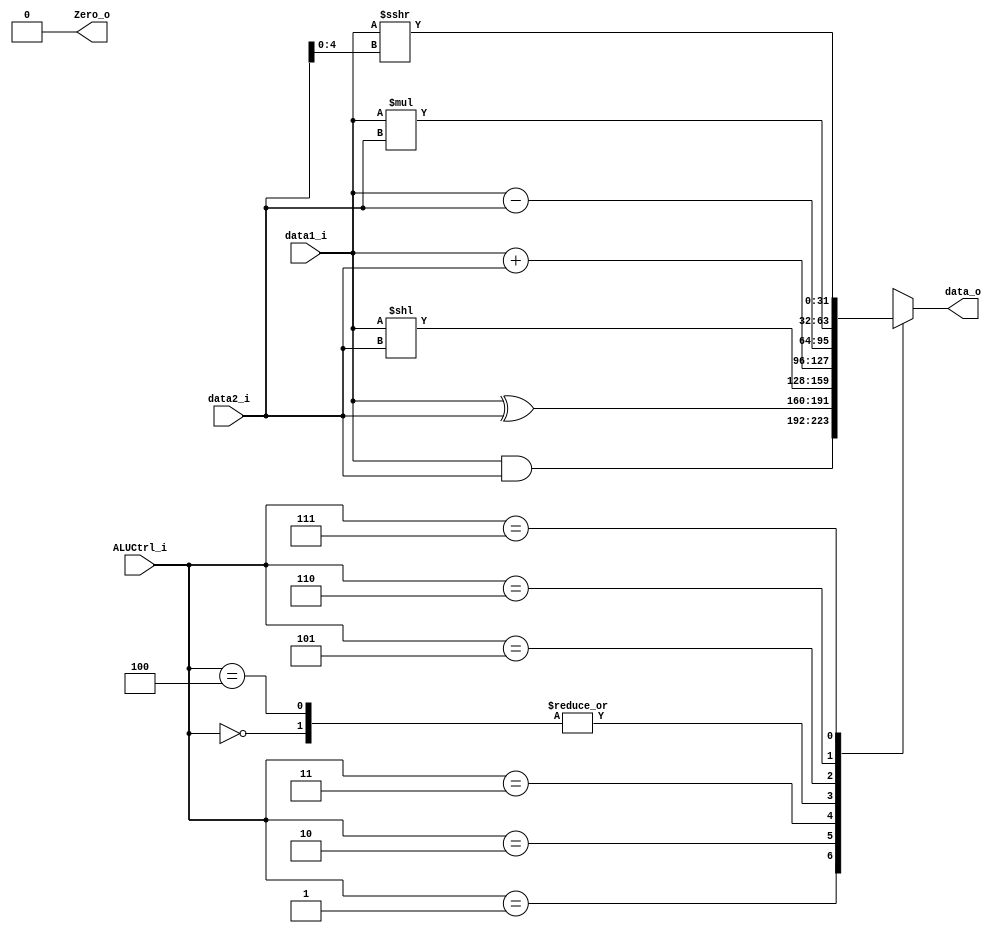
module ALU(
	data1_i,
    data2_i,
    ALUCtrl_i,
    data_o,
    Zero_o   
);

input wire signed [31:0] data1_i;
input wire signed [31:0] data2_i;
input wire [2:0] ALUCtrl_i;
output wire signed [31:0] data_o;
output wire Zero_o;

reg [31:0] data;
assign data_o = data ;

reg z;
assign Zero_o = z;

//assign Zero_o = (data_o == 0);

always @(*) begin
	//Zero_o <= 0;
	case (ALUCtrl_i)
		3'b000: data = $signed(data1_i) + $signed(data2_i);     //addi
		3'b001: data = data1_i & data2_i;     //and
		3'b010: data = data1_i ^ data2_i;     //xor
		3'b011: data = data1_i << data2_i;    //sll
		3'b100: data = $signed(data1_i) + $signed(data2_i);     //add
		3'b101: data = $signed(data1_i) - $signed(data2_i);     //sub
		3'b110: data = $signed(data1_i) * $signed(data2_i);     //mul
		3'b111: data = $signed(data1_i) >>> data2_i[4:0];    //srai
		default: data = 0;
	endcase
	z=0;
end


endmodule